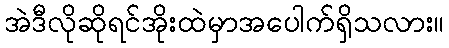
အဲဒီလိုဆိုရင်အိုးထဲမှာအပေါက်ရှိသလား။